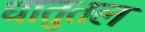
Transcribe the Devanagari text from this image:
धातुतल